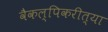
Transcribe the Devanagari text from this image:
वैकल्पिकरीत्या